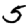
Digit: 5